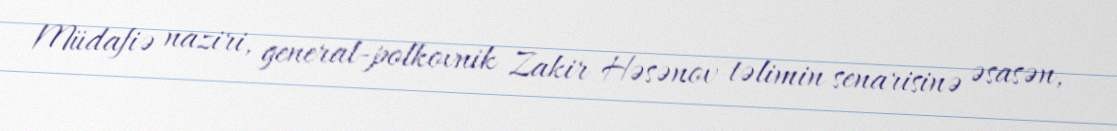
Müdafiə naziri, general-polkovnik Zakir Həsənov təlimin senarisinə əsasən,